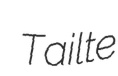
Tailte